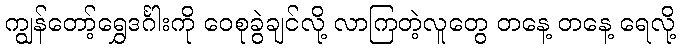
ကျွန်တော့်ရွှေဒင်္ဂါးကို ဝေစုခွဲချင်လို့ လာကြတဲ့လူတွေ တနေ့ တနေ့ ရေလို့